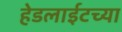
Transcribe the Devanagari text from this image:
हेडलाईटच्या